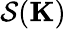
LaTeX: \mathcal{S}(\mathbf{K})